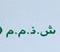
ش . ذ . م . م